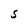
Character: s